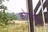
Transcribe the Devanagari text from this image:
कोएनसचा